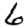
Digit: 6